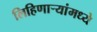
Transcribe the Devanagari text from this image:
लिहिणार्‍यांमध्ये